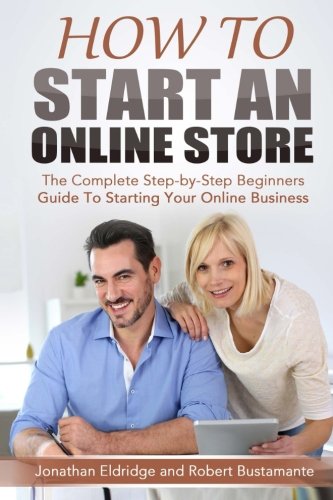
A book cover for How To Start An Online Store: How To Start an Online Store: The Complete Step-by-Step Beginners Guide To Starting Your Online Business; Jonathan Eldridge; Business & Money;